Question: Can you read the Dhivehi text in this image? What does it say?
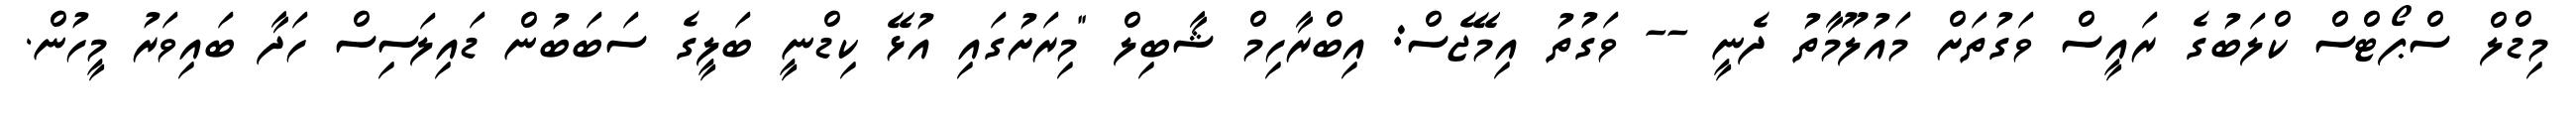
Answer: މިޑްލް ސްޕޯޓްސް ކްލަބުގެ ރައީސް ވަގުތަށް މައުލޫމާތު ދެނީ -- ވަގުތު އިމޭޖެސް: އިބްރާހިމް ޝާބިލް "މިރަށުގައި އުޅޭ ކިޑްނީ ބަލީގެ ސަބަބުން ޑައިލަސިސް ހަދާ ބައިވަރު މީހުން.